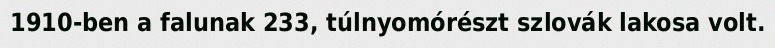
1910-ben a falunak 233, túlnyomórészt szlovák lakosa volt.